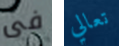
فى تعالي